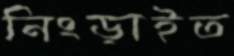
নিংড়াইত